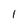
Character: 1